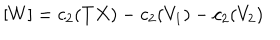
[ W ] = c _ { 2 } ( T X ) - c _ { 2 } ( V _ { 1 } ) - c _ { 2 } ( V _ { 2 } )